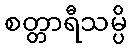
စတ္တာရီသမ္ပိ